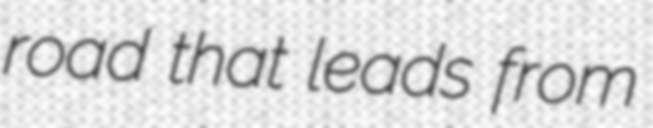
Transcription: road that leads from